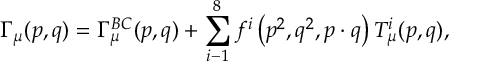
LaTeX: \Gamma _ { \mu } ( p , q ) = \Gamma _ { \mu } ^ { B C } ( p , q ) + \sum _ { i - 1 } ^ { 8 } f ^ { i } \left( p ^ { 2 } , q ^ { 2 } , p \cdot q \right) T _ { \mu } ^ { i } ( p , q ) ,